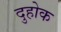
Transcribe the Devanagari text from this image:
दुहोक